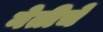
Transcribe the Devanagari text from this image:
नेतीचे